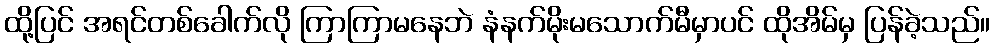
ထို့ပြင် အရင်တစ်ခေါက်လို ကြာကြာမနေဘဲ နံနက်မိုးမသောက်မီမှာပင် ထိုအိမ်မှ ပြန်ခဲ့သည်။